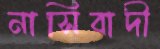
নাসিবাদী